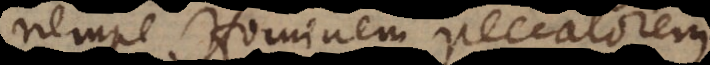
nempe Hominem peccatorem